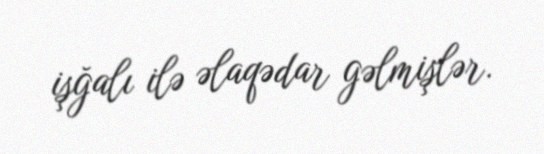
işğalı ilə əlaqədar gəlmişlər.